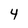
Character: 4